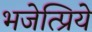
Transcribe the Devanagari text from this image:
भजेत्प्रिये